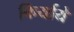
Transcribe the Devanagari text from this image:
किर्याये